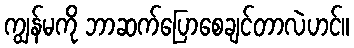
ကျွန်မကို ဘာဆက်ပြောစေချင်တာလဲဟင်။